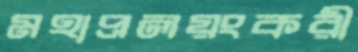
মহাপ্রলয়ংকরী